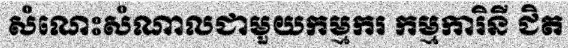
សំណេះសំណាលជាមួយកម្មករ កម្មការិនី ជិត